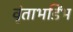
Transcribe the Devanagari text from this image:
वृंताभडिंभ